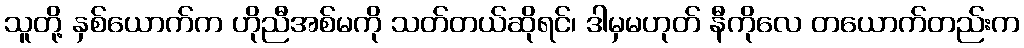
သူတို့ နှစ်ယောက်က ဟိုညီအစ်မကို သတ်တယ်ဆိုရင်၊ ဒါမှမဟုတ် နီကိုလေ တယောက်တည်းက